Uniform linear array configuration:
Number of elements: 24
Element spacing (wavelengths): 0.25
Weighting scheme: kaiser
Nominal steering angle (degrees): -60
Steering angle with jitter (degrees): -60.594
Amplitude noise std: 0.05
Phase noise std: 0.05

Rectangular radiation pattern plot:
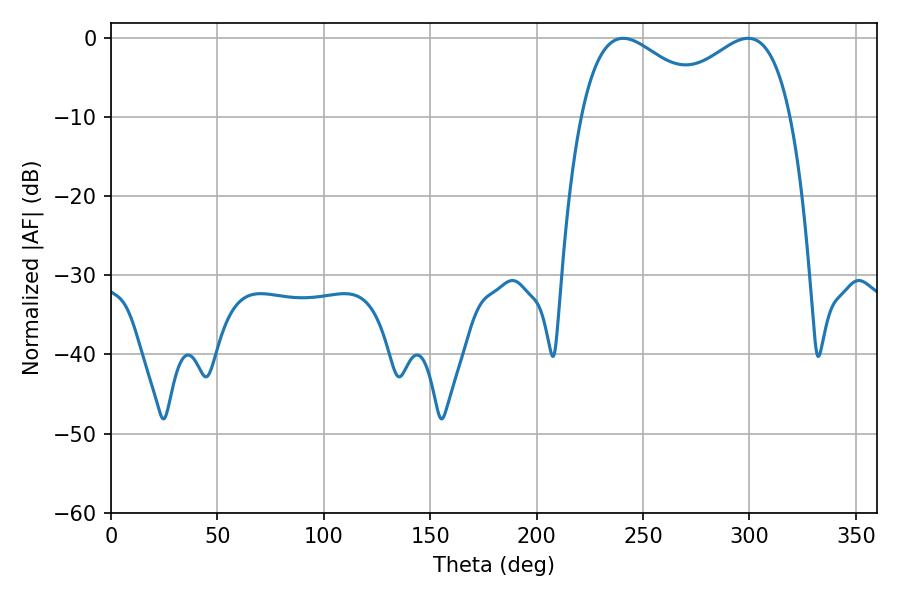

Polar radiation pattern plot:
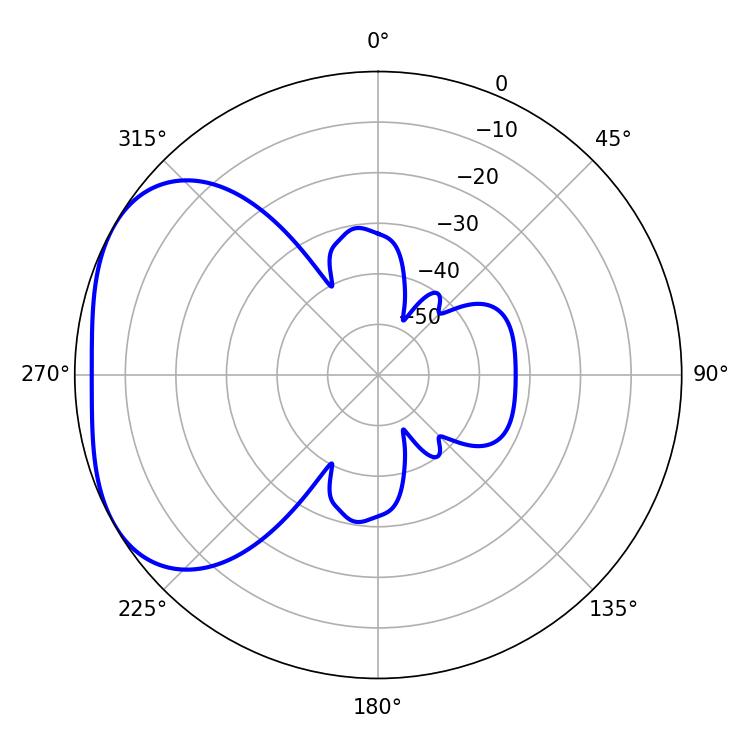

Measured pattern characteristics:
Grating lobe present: FALSE
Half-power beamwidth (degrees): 34.74
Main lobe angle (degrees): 240.66